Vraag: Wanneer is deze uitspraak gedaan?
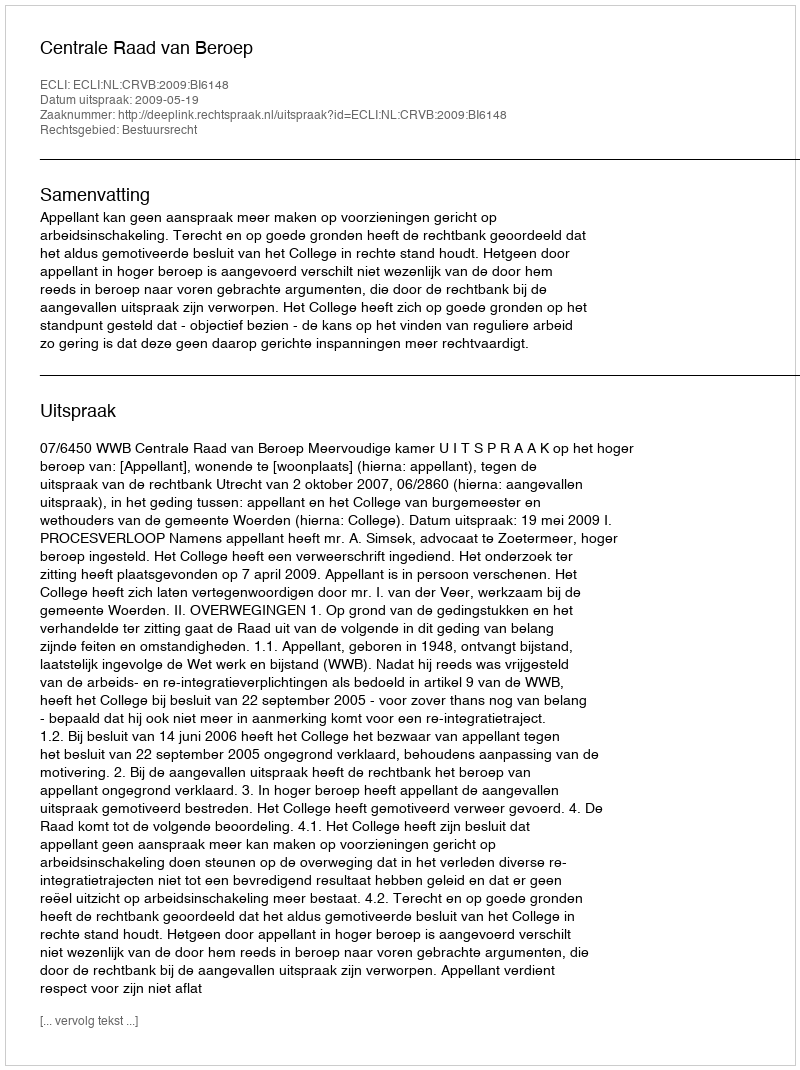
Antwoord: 2009-05-19